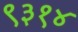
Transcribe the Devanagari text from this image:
९३१४